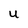
Character: U